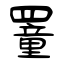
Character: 罿